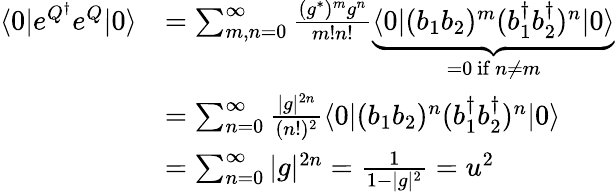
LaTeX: \begin{array}{rl}{\langle 0|e^{Q^{\dagger}}e^{Q}|0\rangle}&{=\sum_{m,n=0}^{\infty}\frac{(g^{*})^{m}g^{n}}{m!n!}\underbrace{\langle 0|(b_{1}b_{2})^{m}(b_{1}^{\dagger}b_{2}^{\dagger})^{n}|0\rangle}_{=0\mathrm{~if~}n\ne m}}\\ &{=\sum_{n=0}^{\infty}\frac{|g|^{2n}}{(n!)^{2}}\langle 0|(b_{1}b_{2})^{n}(b_{1}^{\dagger}b_{2}^{\dagger})^{n}|0\rangle}\\ &{=\sum_{n=0}^{\infty}|g|^{2n}=\frac{1}{1-|g|^{2}}=u^{2}}\end{array}